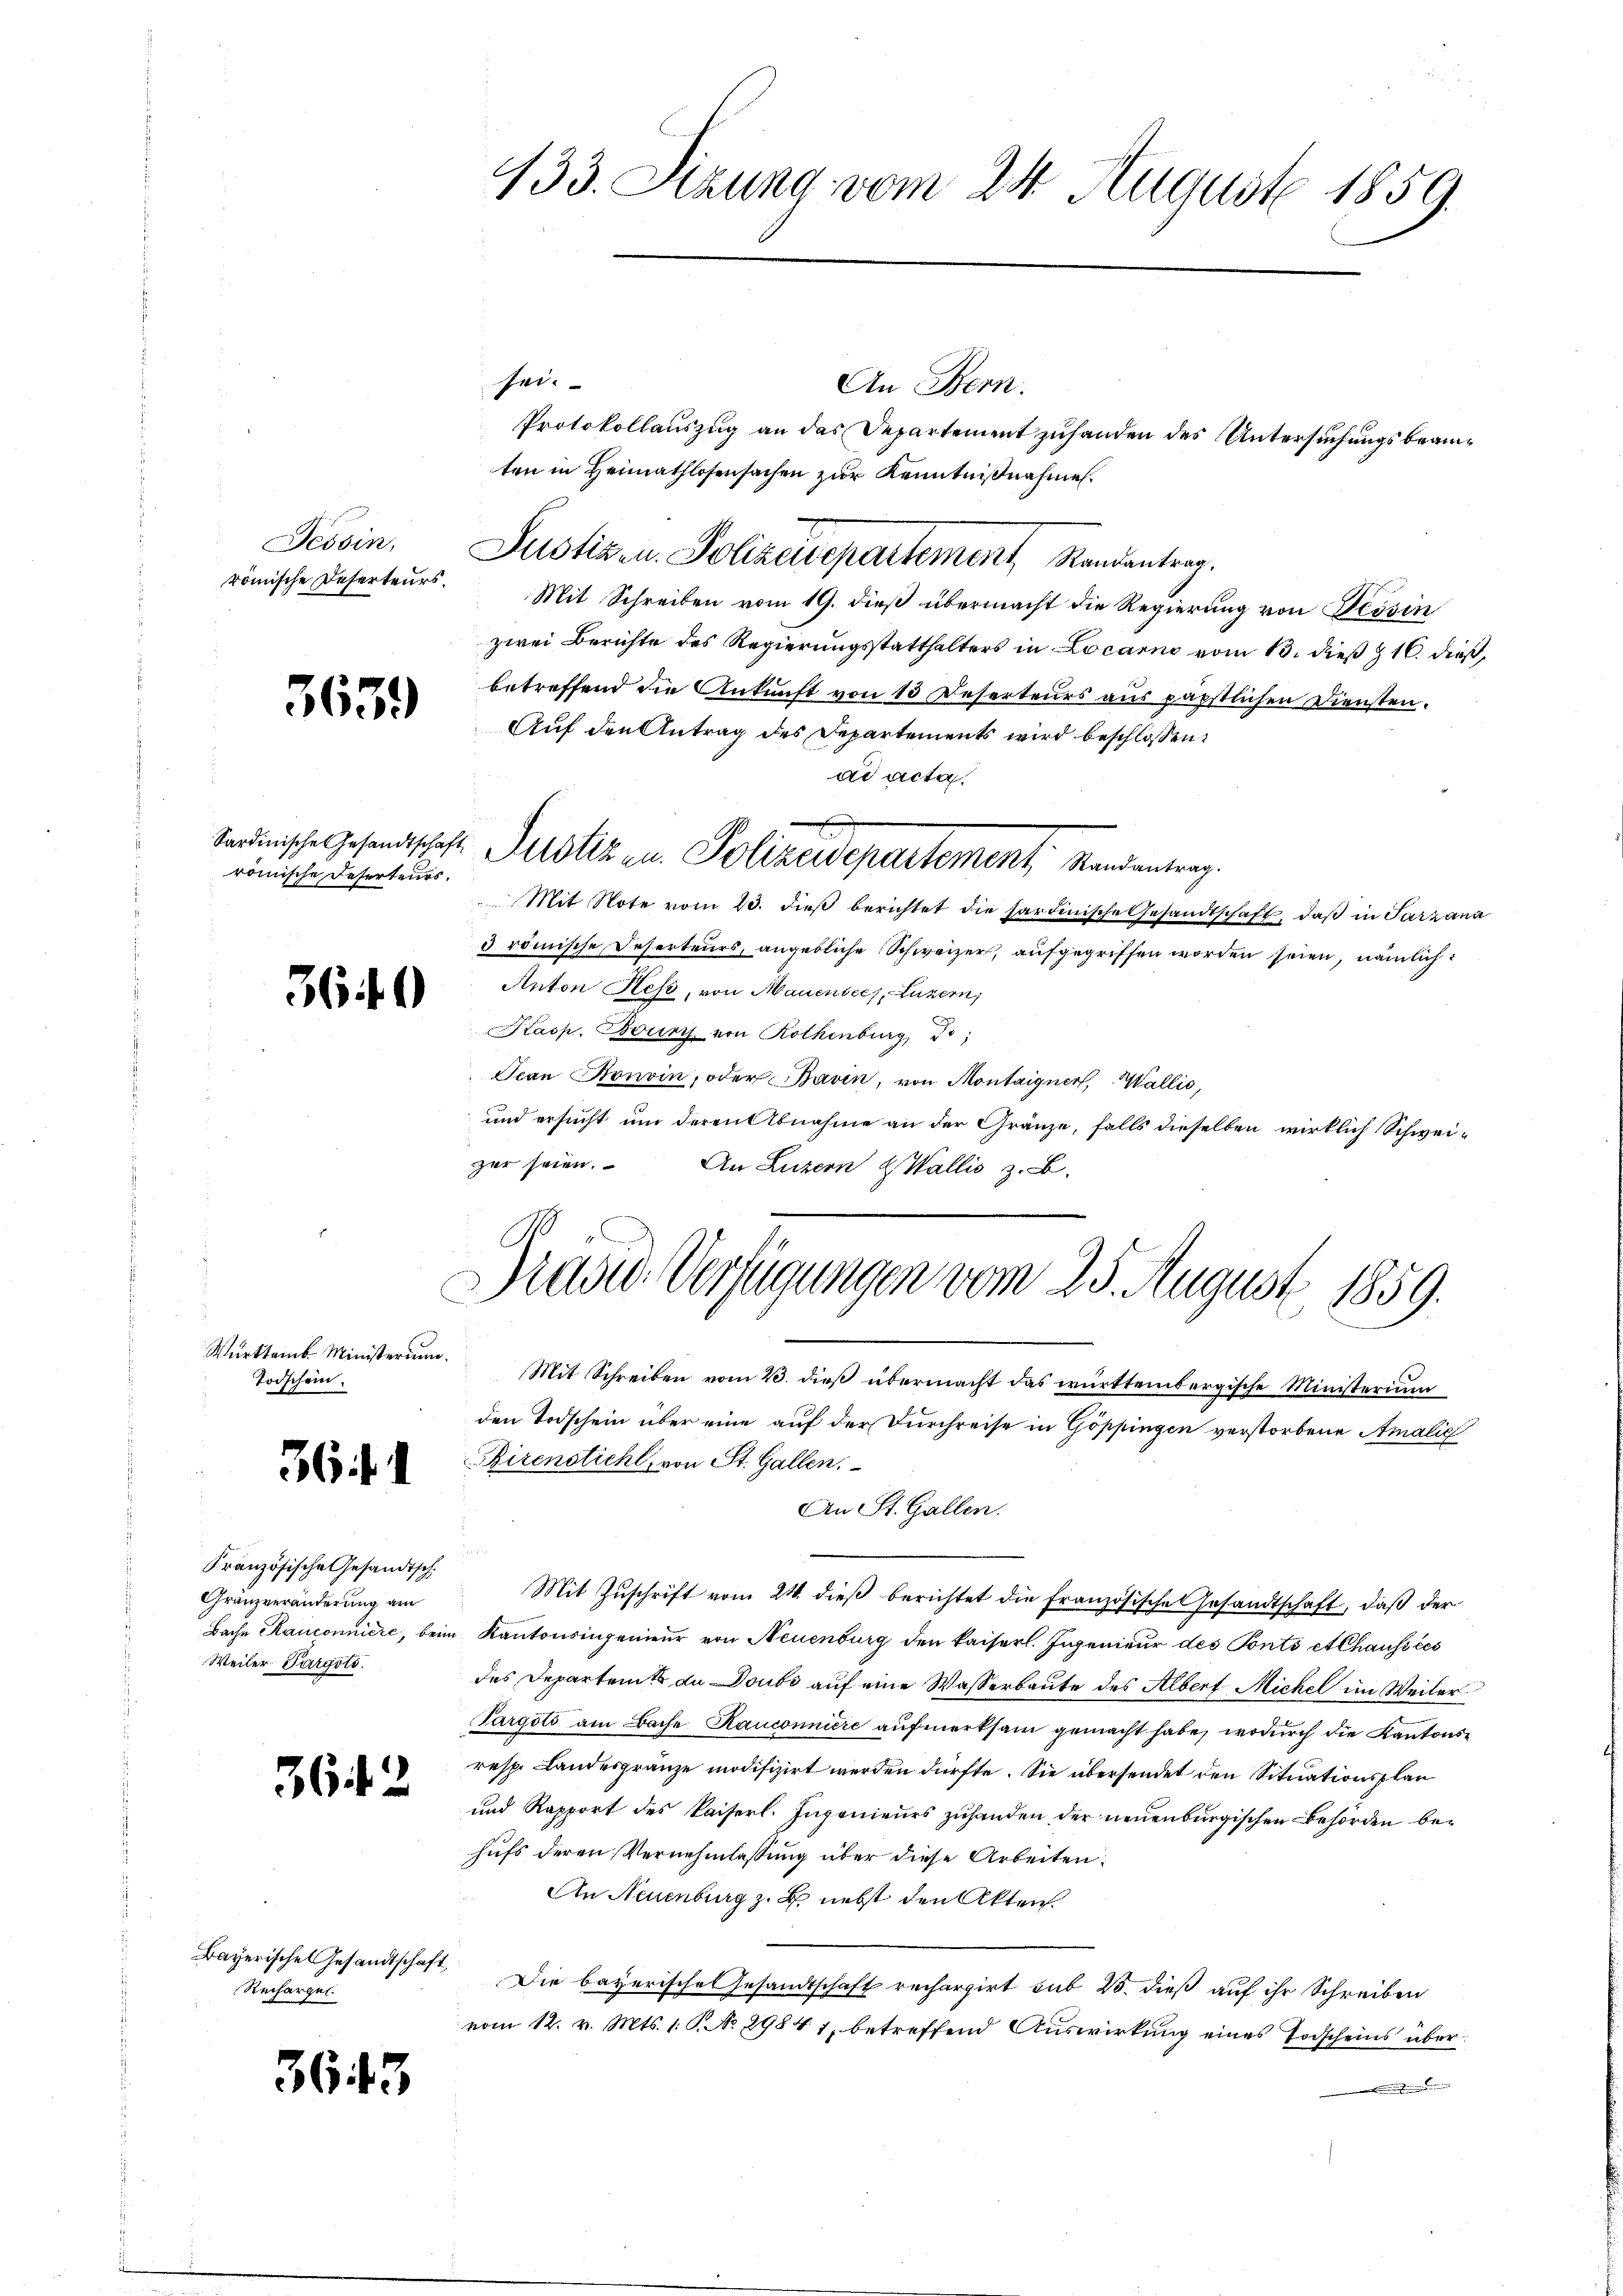
Tessin,
römische Deserteurs.

3659)

Sardinische Gesandtschaft
römische Deserteurs.

360

Württemb. Ministerium.
Todschein.

36 f. 1

Kranzösische Gesandtsch.
Gränzveränderung am
Weiler Pargoto.

3642

Bayerische Gesandtschaft,
Rechargel

3643

Fern

433. Sitzung vom 24. August 1859.

sei.
An Bern.
Protokollauszug an das Departement zuhanden des Untersuchungsbeamten in Heimathlosensachen zur Kenntnißnahmen.
Mit Schreiben vom 19. dieß übermacht die Regierung von Tessin
zwei Berichte des Regierungsstatthalters in Locarno vom 13. dieß z 10. dieß,
betreffend die Ankunft von 13 Reserteurs aus päpstlichen Diensten.
Auf den Antrag des Departements wird beschlossen:
ad acta.
Jucke in Polizeisepartement Meinung.
Mit Note vom 23. dieβ berichtet die sardinische Gesandtschaft, daß in Sarzana
5 römische Deserteurs, angebliche Schweizer, aufgegriffen worden seien, nämlich
Anton Hess, von Mauensees, Luzern,
Kasp. Bours von Rothenburg, 50;
Scan Konvin, oder Bavin, von Montaigner, Wallis,
und ersucht um deren Abnahme an der Gränze, falls dieselben wirklich Schweizur seien.
An Luzern & Wallis z. B.

Justizen. Polizeidepartement Randantrag.

Präsid. Verfügungen vom 25. August 1859.
u
Mit Schreiben vom 23. dieß übermacht das württembergische Ministerium

den Todschein über eine auf der Durchreise in Göppingen verstorbene Amalig
Birenstich, von St. Gallen.
An St. Gallen.
Mit Zuschrift vom 24. dieβ berichtet die französischen Gesandtschaft, daß der
Bache Rauconniere, beim Kantonsingenieur von Neuenburg den kaiserl. Ingenieur des Ponto et Chaussées
des Departents de Doubs auf eine Wasserbaute des Albert Michel im Weiler
Targold am Bache Kauconniere aufmerksam gemacht habe, wodurch die Kantons¬
resp. Landesgränze modifizirt werden dürfte. Sie übersendet den Situationsplan
und Rapport des Kaiserl. Ingenieurs zuhanden der neuenburgischen Behörden behufs deren Vernehmlassung über diese Arbeiten:
An Neuenburg z. B. nebst den Akten.
Die bayerische Gesandtschaft rechargirt sub 20. dieß auf ihr Schreiben
vom 12. v. Mts. 1. S. No 29841, betreffend Auswirkung eines Todscheins über¬